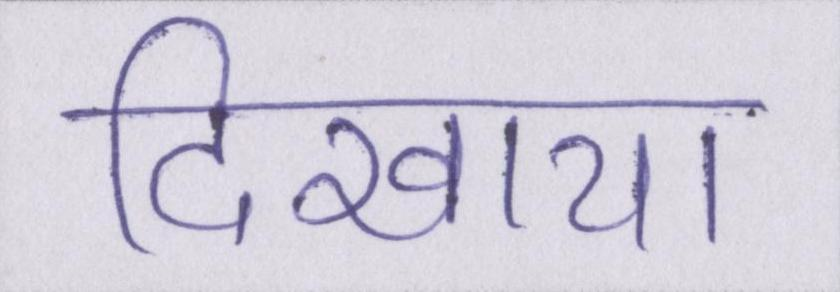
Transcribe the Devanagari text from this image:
दिखाया